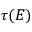
\tau ( E )